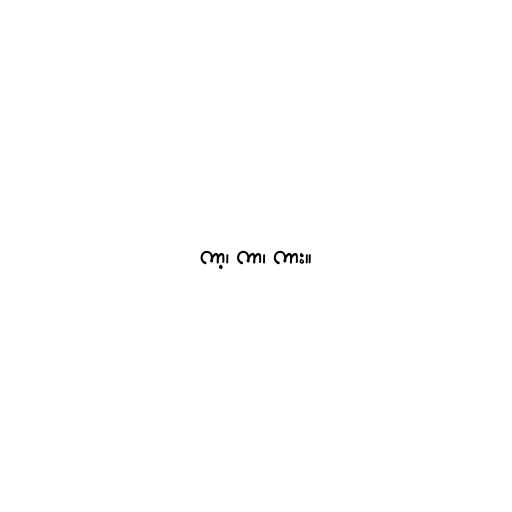
ကာ့၊ ကာ၊ ကား။